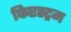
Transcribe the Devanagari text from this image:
फिएस्ट्रम